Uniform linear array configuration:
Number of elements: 16
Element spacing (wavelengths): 1
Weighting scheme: cosine
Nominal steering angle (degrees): -60
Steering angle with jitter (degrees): -61.673
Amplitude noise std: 0.05
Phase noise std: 0.05

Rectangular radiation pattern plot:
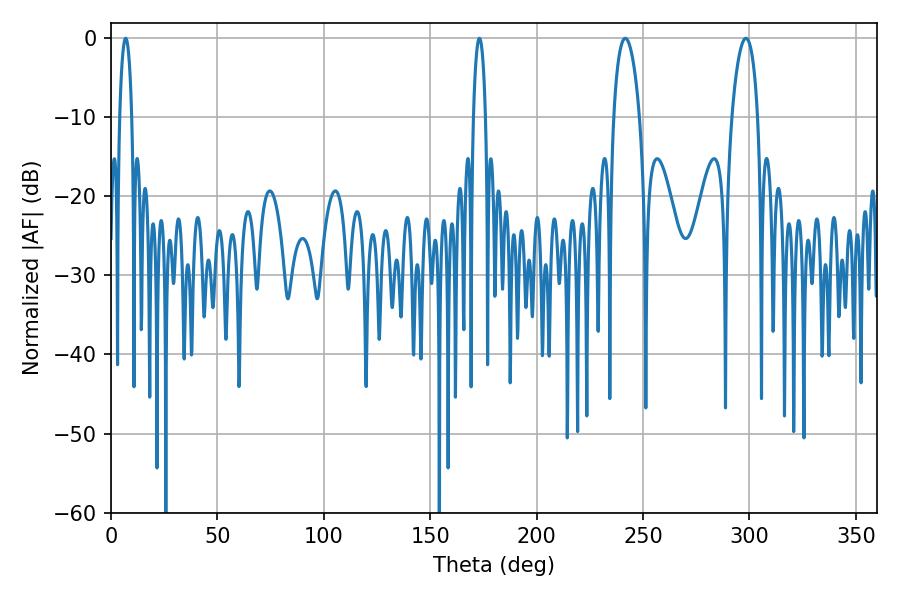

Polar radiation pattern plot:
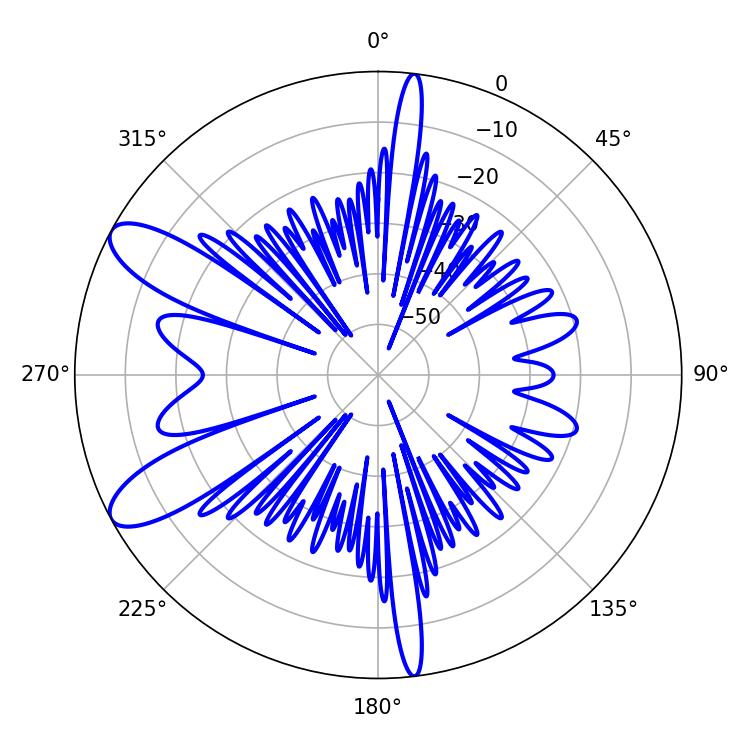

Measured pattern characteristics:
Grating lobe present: TRUE
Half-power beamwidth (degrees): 7.02
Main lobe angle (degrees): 241.56